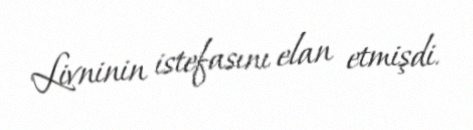
Livninin istefasını elan etmişdi.